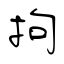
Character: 拘